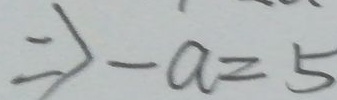
\Rightarrow - a = 5